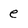
Character: e